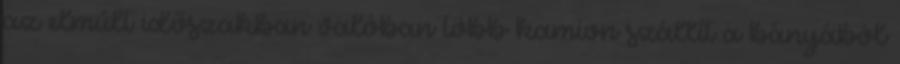
az elmúlt időszakban valóban több kamion szállít a bányából